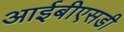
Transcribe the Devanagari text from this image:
आईबीएसडी